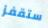
ستقفز